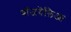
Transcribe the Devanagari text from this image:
बॉजवेलिआ